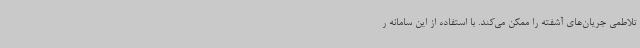
تلاطمی جریان‌های آشفته را ممکن می‌کند. با استفاده از این سامانه ر